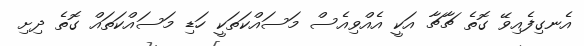
އެނގިފެއިވޭ ގޮތެ ޗާޗާ އަކީ އެއްވިއެސް މަސައްކަތަކީ ހަޑި މަސައްކަތައް ގޮތެ ދިށި